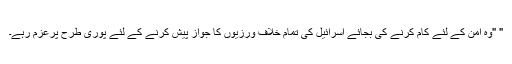
" "وہ امن کے لئے کام کرنے کی بجائے اسرائیل کی تمام خلاف ورزیوں کا جواز پیش کرنے کے لئے پوری طرح پرعزم رہے۔